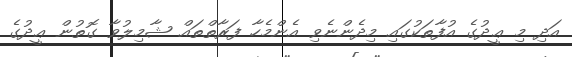
އަދި މި ޢީދުގެ އުފާތަކުގައި މިދެންނެވި އެންމެހާ ފަރާތްތައް ޝާމިލުވާ ގޮތުން ޢީދުގެ